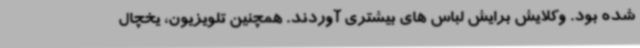
شده بود. وکلایش برایش لباس های بیشتری آوردند. همچنین تلویزیون، یخچال